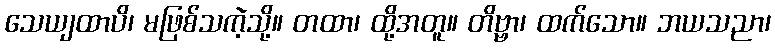
သေယျထာပိ၊ မဖြစ်သကဲ့သို့။ တထာ၊ ထို့အတူ။ တိဗ္ဗာ၊ ထက်သော။ ဘယသညာ၊